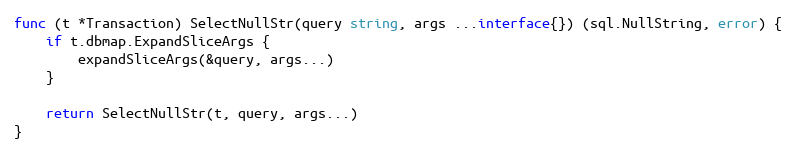
Language: Go
func (t *Transaction) SelectNullStr(query string, args ...interface{}) (sql.NullString, error) {
	if t.dbmap.ExpandSliceArgs {
		expandSliceArgs(&query, args...)
	}

	return SelectNullStr(t, query, args...)
}